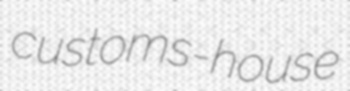
customs-house